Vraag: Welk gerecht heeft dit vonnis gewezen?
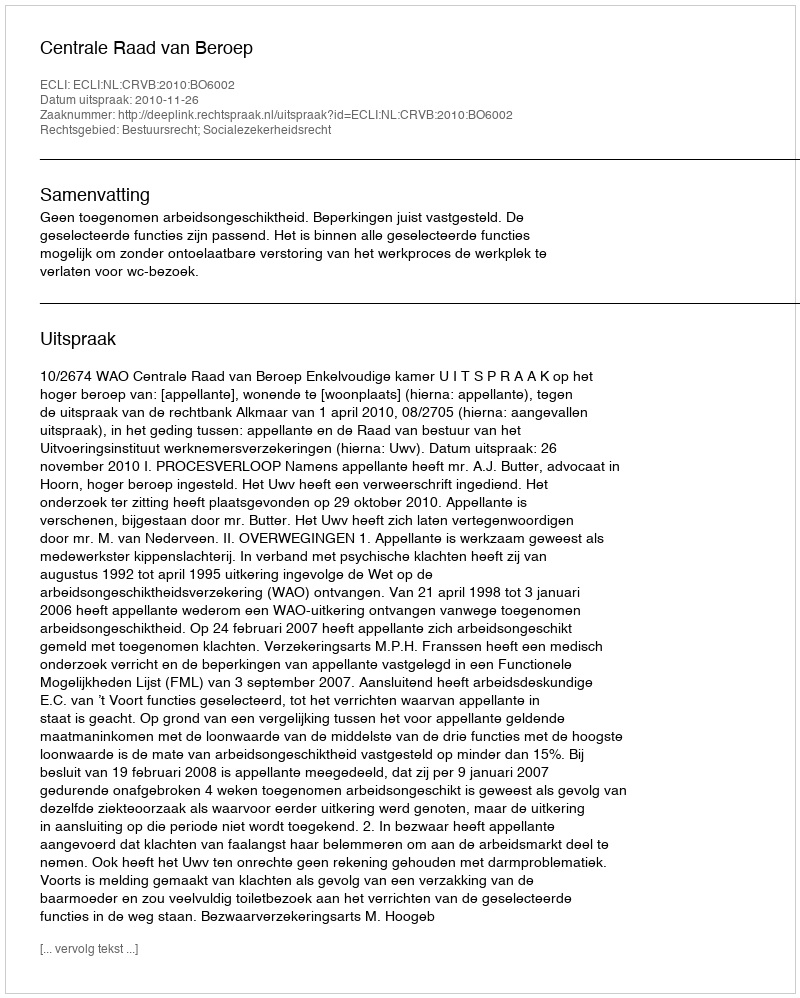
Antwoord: Centrale Raad van Beroep